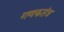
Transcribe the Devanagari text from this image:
गणकतंत्र